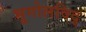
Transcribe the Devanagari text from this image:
भूगोलविद्